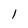
Character: 1